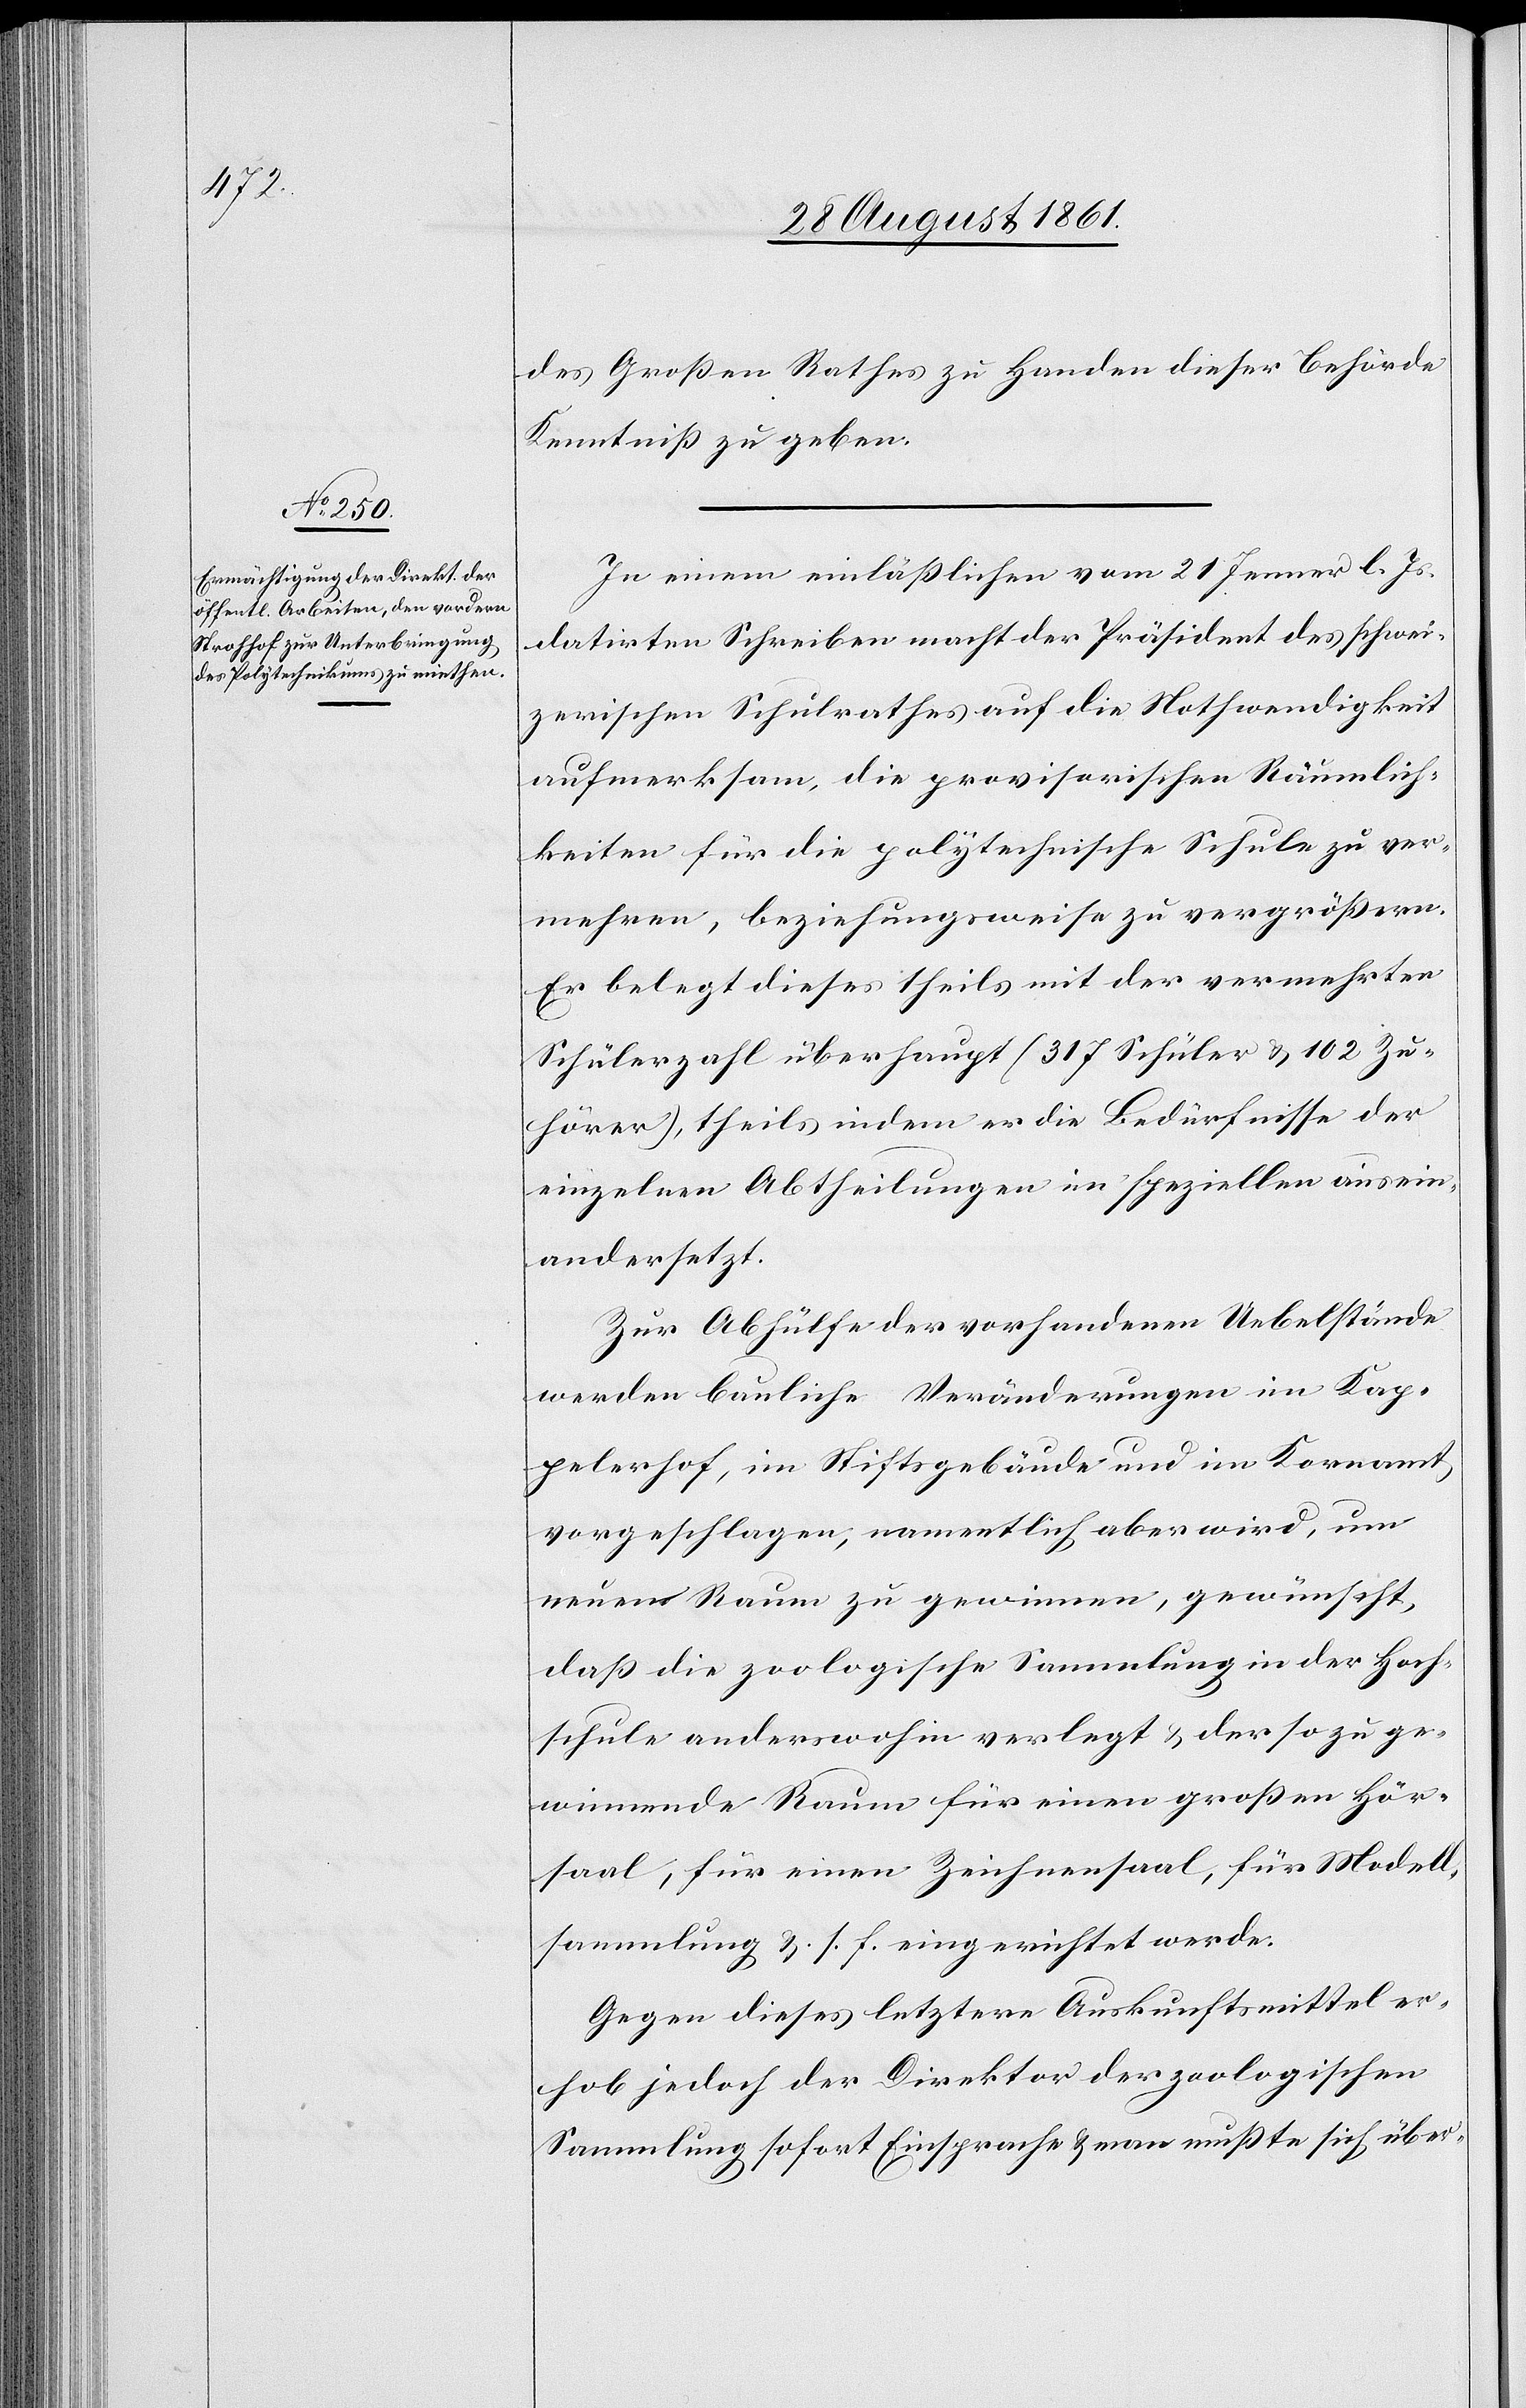
des Großen Rathes zu Handen dieser Behörde
Kenntniß zu geben.
In einem einläßlichen vom 21 Jenner l. Js.
datirten Schreiben macht der Präsident des schwei¬
zerischen Schulrathes auf die Nothwendigkeit
aufmerksam, die provisorischen Räumlich¬
keiten für die polytechnische Schule zu ver¬
mehren, beziehungsweise zu vergrößern.
Er belegt dies theils mit der vermehrten
Schülerzahl überhaupt (317 Schüler u. 102 Zu¬
hörer), theils indem er die Bedürfnisse der
einzelnen Abtheilungen im speziellen ausein¬
andersetzt.
Zur Abhülfe der vorhandenen Uebelstände
werden bauliche Veränderungen im Kap¬
pelerhof, im Stiftsgebäude und im Kornamt
vorgeschlagen, namentlich aber wird, um
neuen Raum zu gewinnen, gewünscht,
daß die zoologische Sammlung in der Hoch¬
schule anderswohin verlegt u. der so zu ge¬
winnende Raum für einen großen Hör¬
saal, für einen Zeichensaal, für Modell¬
sammlung u. s. f. eingerichtet werde.
Gegen dieses letztere Auskunftsmittel er¬
hob jedoch der Direktor der zoologischen
Sammlung sofort Einsprache u. man mußte sich über-